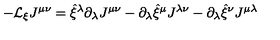
- { \cal L } _ { \xi } J ^ { \mu \nu } = \hat { \xi } ^ { \lambda } \partial _ { \lambda } J ^ { \mu \nu } - \partial _ { \lambda } \hat { \xi } ^ { \mu } J ^ { \lambda \nu } - \partial _ { \lambda } \hat { \xi } ^ { \nu } J ^ { \mu \lambda }